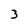
Character: 3